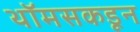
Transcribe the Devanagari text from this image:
थॉमसकडून